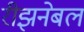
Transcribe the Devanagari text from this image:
रीझनेबल